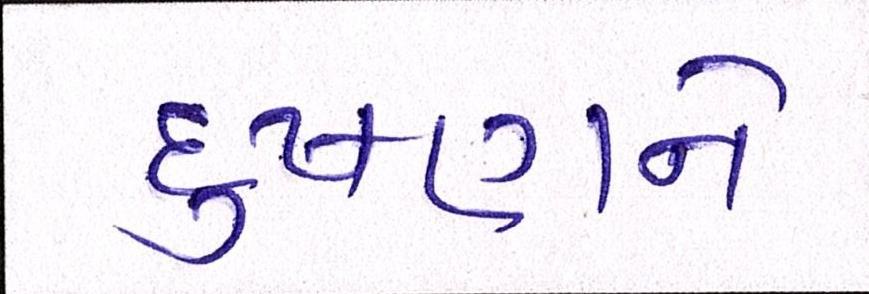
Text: દુષણને